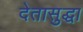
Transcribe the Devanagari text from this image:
देतासुद्धा